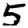
Digit: 5